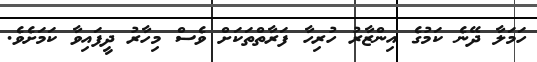
ހަމަލާ ދޭނެ ކަމުގެ އިންޒާރު ހުރިހާ ފަރާތްތަކަށް ވެސް މިހާރު ދީފައިވާ ކަމަށެވެ.